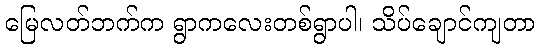
မြေလတ်ဘက်က ရွာကလေးတစ်ရွာပါ၊ သိပ်ချောင်ကျတာ